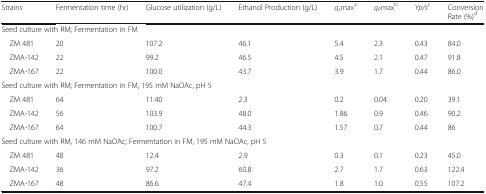
<table><thead><tr><td><b>Strains</b></td><td><b>Fermentation time (hr)</b></td><td><b>Glucose utilization (g/L)</b></td><td><b>Ethanol Production (g/L)</b></td><td><b><i>q</i><sub><i>s</i></sub>max<sup>a</sup></b></td><td><b><i>q</i><sub><i>P</i></sub>max<sup>b</sup></b></td><td><b><i>Yp/s</i><sup>c</sup></b></td><td><b>Conversion Rate (%)<sup>d</sup></b></td></tr></thead><tbody><tr><td colspan="8">Seed culture with RM; Fermentation in FM</td></tr><tr><td> ZM 481</td><td>20</td><td>107.2</td><td>46.1</td><td>5.4</td><td>2.3</td><td>0.43</td><td>84.0</td></tr><tr><td> ZMA-142</td><td>22</td><td>99.2</td><td>46.5</td><td>4.5</td><td>2.1</td><td>0.47</td><td>91.8</td></tr><tr><td> ZMA-167</td><td>22</td><td>100.0</td><td>43.7</td><td>3.9</td><td>1.7</td><td>0.44</td><td>86.0</td></tr><tr><td colspan="8">Seed culture with RM; Fermentation in FM, 195 mM NaOAc, pH 5</td></tr><tr><td> ZM 481</td><td>64</td><td>11.40</td><td>2.3</td><td>0.2</td><td>0.04</td><td>0.20</td><td>39.1</td></tr><tr><td> ZMA-142</td><td>56</td><td>103.9</td><td>48.0</td><td>1.86</td><td>0.9</td><td>0.46</td><td>90.2</td></tr><tr><td> ZMA-167</td><td>64</td><td>100.7</td><td>44.3</td><td>1.57</td><td>0.7</td><td>0.44</td><td>86</td></tr><tr><td colspan="8">Seed culture with RM, 146 mM NaOAc; Fermentation in FM, 195 mM NaOAc, pH 5</td></tr><tr><td> ZM 481</td><td>48</td><td>12.4</td><td>2.9</td><td>0.3</td><td>0.1</td><td>0.23</td><td>45.0</td></tr><tr><td> ZMA-142</td><td>36</td><td>97.2</td><td>60.8</td><td>2.7</td><td>1.7</td><td>0.63</td><td>122.4</td></tr><tr><td> ZMA-167</td><td>48</td><td>86.6</td><td>47.4</td><td>1.8</td><td>1.0</td><td>0.55</td><td>107.2</td></tr></tbody></table>